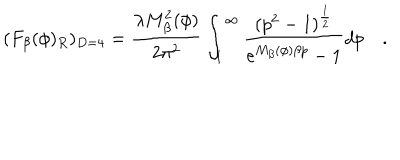
( F _ { \beta } ( \phi ) _ { R } ) _ { D = 4 } = \frac { \lambda M _ { \beta } ^ { 2 } ( \phi ) } { 2 \pi ^ { 2 } } \int _ { 1 } ^ { \infty } \frac { ( p ^ { 2 } - 1 ) ^ { \frac 1 2 } } { e ^ { M _ { \beta } ( \phi ) \beta p } - 1 } d p \quad .